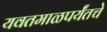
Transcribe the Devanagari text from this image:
यवतमाळपर्यंतचे